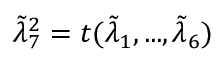
\tilde { \lambda } _ { 7 } ^ { 2 } = t ( \tilde { \lambda } _ { 1 } , . . . , \tilde { \lambda } _ { 6 } )